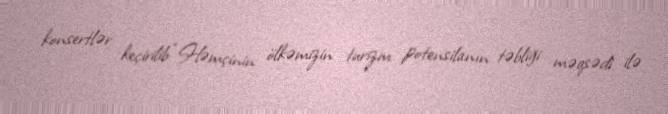
konsertlər keçirilib:“Həmçinin ölkəmizin turizm potensilanın təbliği məqsədi ilə